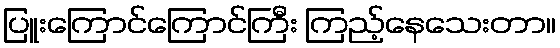
ပြူးကြောင်ကြောင်ကြီး ကြည့်နေသေးတာ။